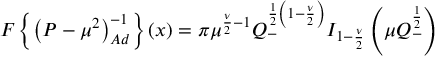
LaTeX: { \cal { F } } \left\{ \left( P - { \mu } ^ { 2 } \right) _ { A d } ^ { - 1 } \right\} ( x ) = \pi { \mu } ^ { \frac { \nu } { 2 } - 1 } Q _ { - } ^ { \frac { 1 } { 2 } \left( 1 - \frac { \nu } { 2 } \right) } { \cal { I } } _ { 1 - \frac { \nu } { 2 } } \left( \mu Q _ { - } ^ { \frac { 1 } { 2 } } \right)